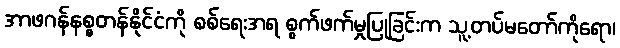
အာဖဂန်နစ္စတန်နိုင်ငံကို စစ်ရေးအရ စွက်ဖက်မှုပြုခြင်းက သူ့တပ်မတော်ကိုရော၊